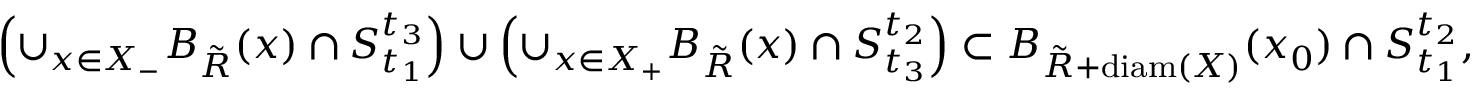
\begin{array} { r } { \left( \cup _ { x \in X _ { - } } B _ { \tilde { R } } ( x ) \cap S _ { t _ { 1 } } ^ { t _ { 3 } } \right) \cup \left( \cup _ { x \in X _ { + } } B _ { \tilde { R } } ( x ) \cap S _ { t _ { 3 } } ^ { t _ { 2 } } \right) \subset B _ { \tilde { R } + \mathrm { d i a m } ( X ) } ( x _ { 0 } ) \cap S _ { t _ { 1 } } ^ { t _ { 2 } } , } \end{array}